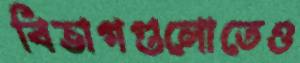
বিভাগগুলোতেও